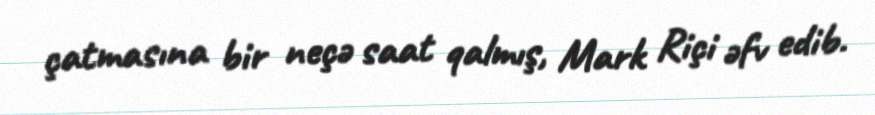
çatmasına bir neçə saat qalmış, Mark Riçi əfv edib.